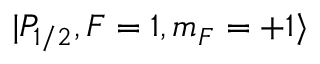
| P _ { 1 / 2 } , F = 1 , m _ { F } = + 1 \rangle